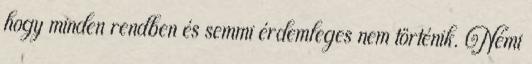
hogy minden rendben és semmi érdemleges nem történik. Némi